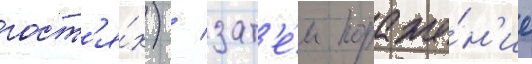
гост'я́х) / зат'е́м пораже́н'ие